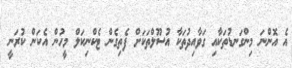
އެ އޮންނަ މިންގަނޑުތަކާއި ގަވާއިދުތަކާ އުސޫލްތަކަށް ފެތިގެން ޓެކްނިކަލް މީހުން އެކަން ކުރަނީ